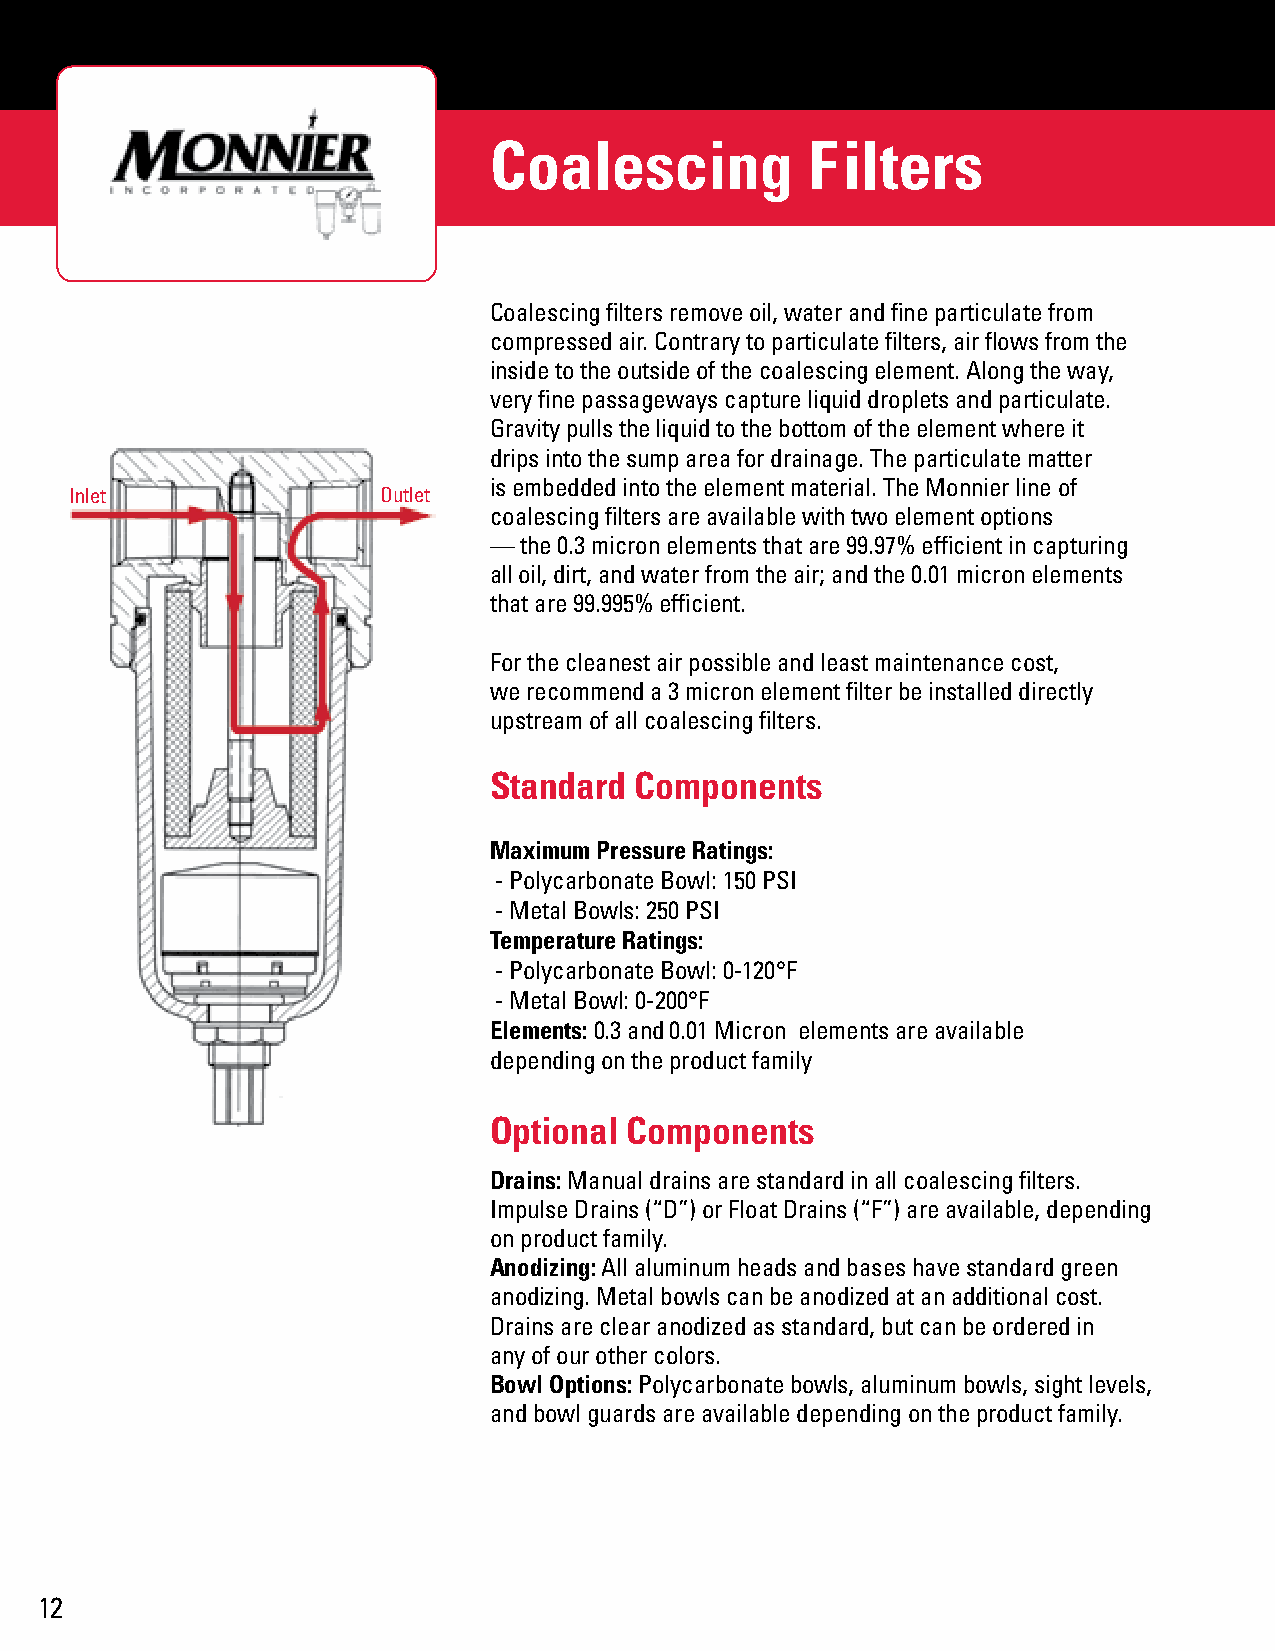
Coalescing            Filters
 Coalescing filters remove oil, water and fine particulate from
 compressed air. Contrary to particulate filters, air flows from the
 inside to the outside of the coalescing element. Along the way,
 very fine passageways capture liquid droplets and particulate.
 Gravity pulls the liquid to the bottom of the element where it
 drips into the sump area for drainage. The particulate matter
 is embedded into the element material. The Monnier line of
 Inlet               Outlet
 coalescing filters are available with two element options
 — the 0.3 micron elements that are 99.97% efficient in capturing
 all oil, dirt, and water from the air; and the 0.01 micron elements
 that are 99.995% efficient.
 For the cleanest air possible and least maintenance cost,
 we recommend a 3 micron element filter be installed directly
 upstream of all coalescing filters.
 Standard  Components
 Maximum Pressure Ratings:
 - Polycarbonate Bowl: 150 PSI
 - Metal Bowls: 250 PSI
 Temperature Ratings:
 - Polycarbonate Bowl: 0-120°F
 - Metal Bowl: 0-200°F
 Elements: 0.3 and 0.01 Micron elements are available
 depending on the product family
 Optional  Components
 Drains: Manual drains are standard in all coalescing filters.
 Impulse Drains (“D”) or Float Drains (“F”) are available, depending
 on product family.
 Anodizing: All aluminum heads and bases have standard green
 anodizing. Metal bowls can be anodized at an additional cost.
 Drains are clear anodized as standard, but can be ordered in
 any of our other colors.
 Bowl Options: Polycarbonate bowls, aluminum bowls, sight levels,
 and bowl guards are available depending on the product family.
 12